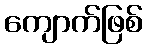
ကျောက်ဖြစ်